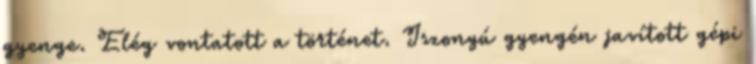
gyenge. Elég vontatott a történet. Iszonyú gyengén javított gépi